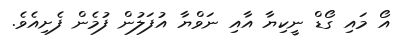
އޯ މައި ގޯޑް ނީކިޔާ އާއި ނަވްޔާ އުފަލުން ފުމެން ފެށިއެވެ.